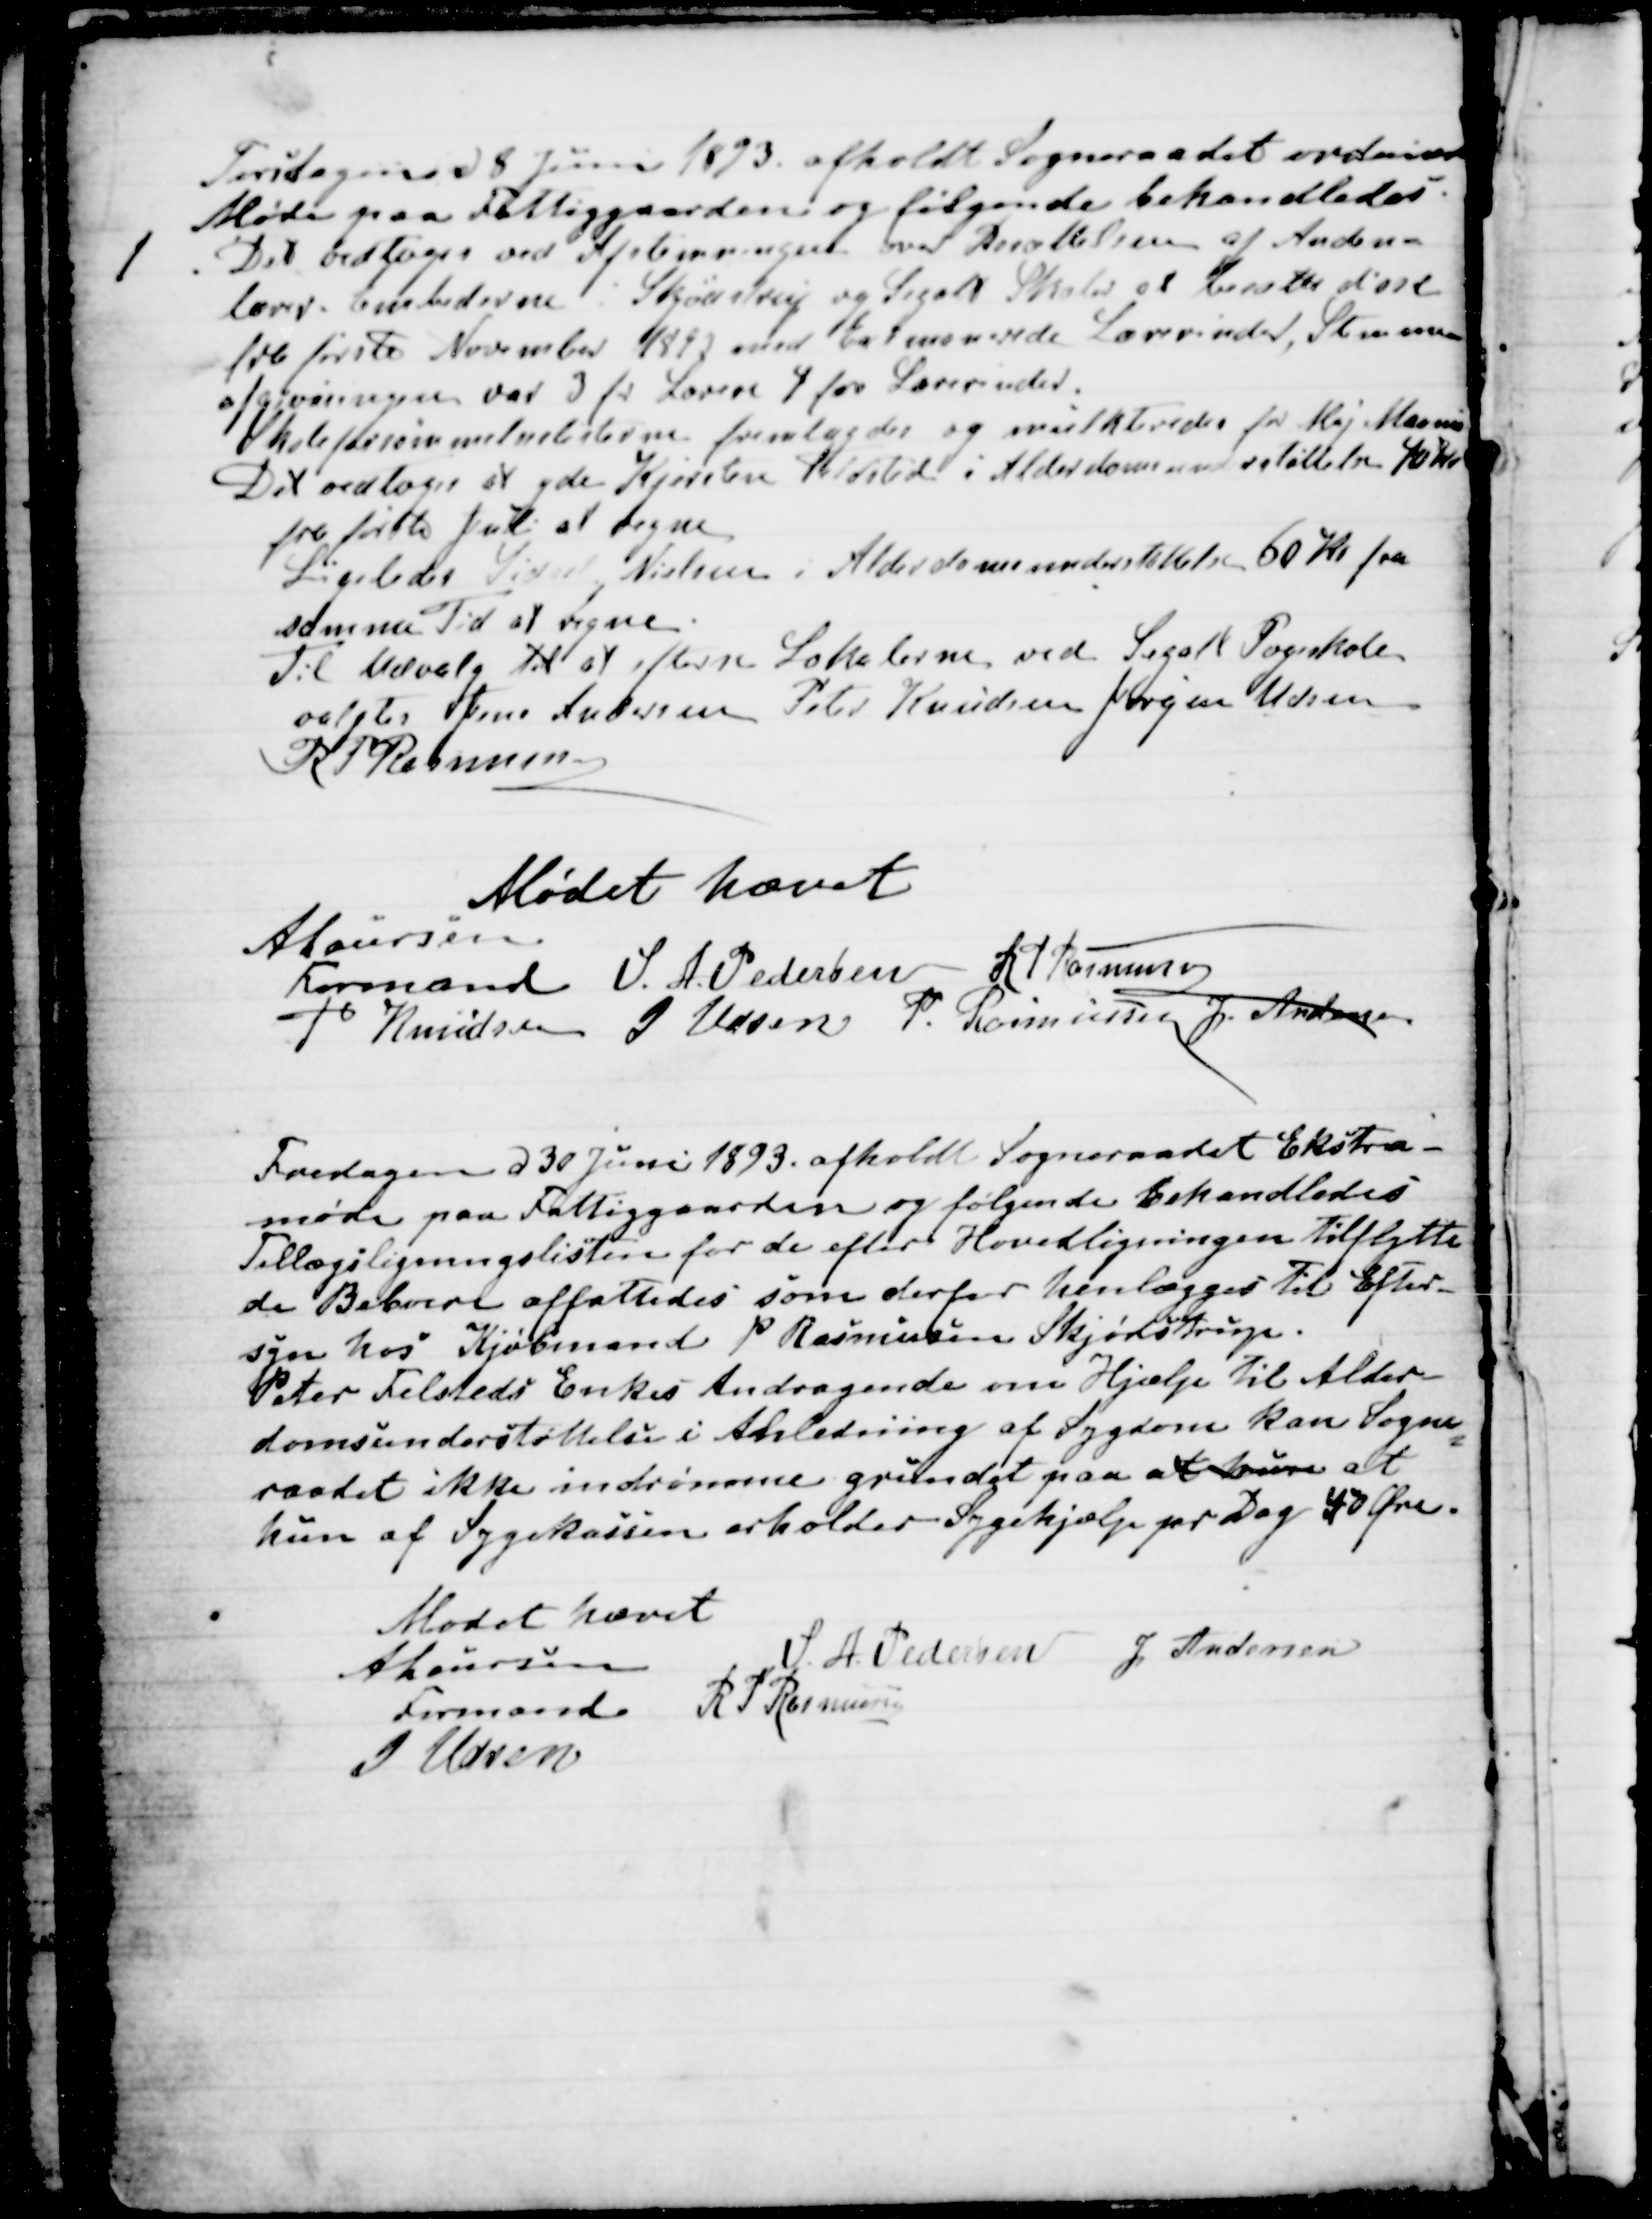
Transskription:
Torsdagen d 8 Juni 1893 afholdt Sogneraadet ordinær
Møde paa Fattiggaarden og følgende behandledes.
1
Det vedtoges ved Afstemningen over Besættelsen af Anden-
lærer Embederne i Skjødstrup og Segalt Skoler at besætte disse
fra første November1893 med Exsaminerede Lærerinder, Stemme-
afgivningen var 3 for Lærere 4 for Lærerinder.
Skoleforsømmelseslisterne fremlagdes og mulkteredes for Maj Maaned
Det vedtoges at yde Kjersten Feldsted i Alderdomsunderstøttelse 40 Kr
fra første Juli at regne.
Ligeledes Sidsel Nielsen i Alderdomsunderstøttelse 60 Kr fra
samme Tid at regne.
Til Udvalg til at efterse Lokalerne ved Segalt Pogeskole
valgtes Jens Andersen Peter Knudsen Jørgen Udsen
R P Rasmussen
Mødet hævet
A Laursen
Formand
S. A. Pedersen
R P Rasmussen
P Knudsen
J Udsen
P. Rasmussen
J Andersen

Fredagen d 30 Juni 1893. afholdt Sogneraadet Ekstra-
møde paa Fattiggaarden og følgende behandledes
Tillægsligningslisten for de efter Hovedligningen tilflytte
de Beboere affattedes som derfor henlægges til Efter-
syn hos Kjøbmand P Rasmussen Skjødstrup.
Peter Felsteds Enkes Andragende om Hjælp til Alder-
domsunderstøttelse i Anledning af Sygdom kan Sogne
=
raadet ikke indrømme grundet paa at hun at
hun af Sygekassen erholder Sygehjælp pr Dag 40 Øre.
Mødet hævet
A Laursen
Formand
S. A. Pedersen
J Andersen
R P Rasmussen
J Udsen